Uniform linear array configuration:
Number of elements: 12
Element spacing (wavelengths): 0.75
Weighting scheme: blackman
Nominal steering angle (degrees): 30
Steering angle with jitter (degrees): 30.568
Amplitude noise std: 0.05
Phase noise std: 0.05

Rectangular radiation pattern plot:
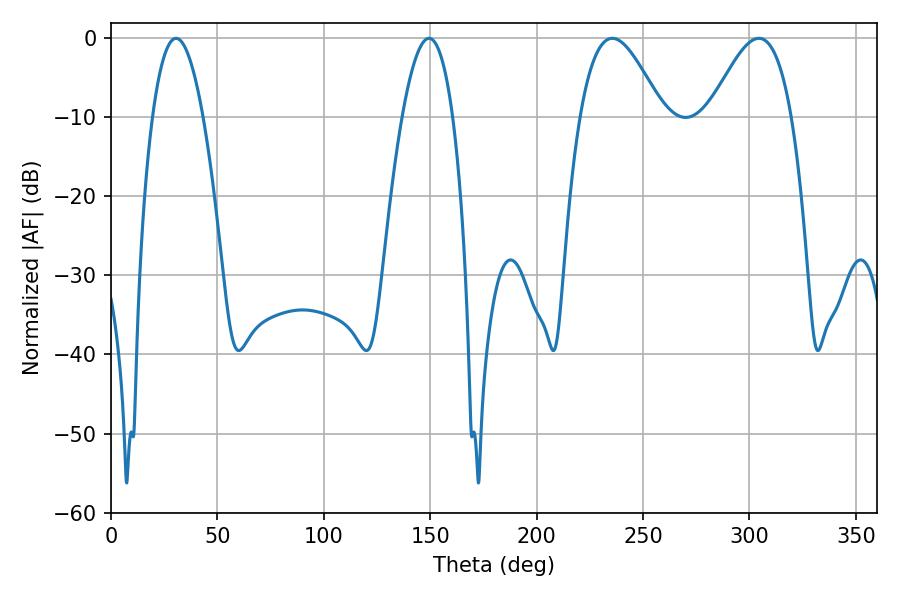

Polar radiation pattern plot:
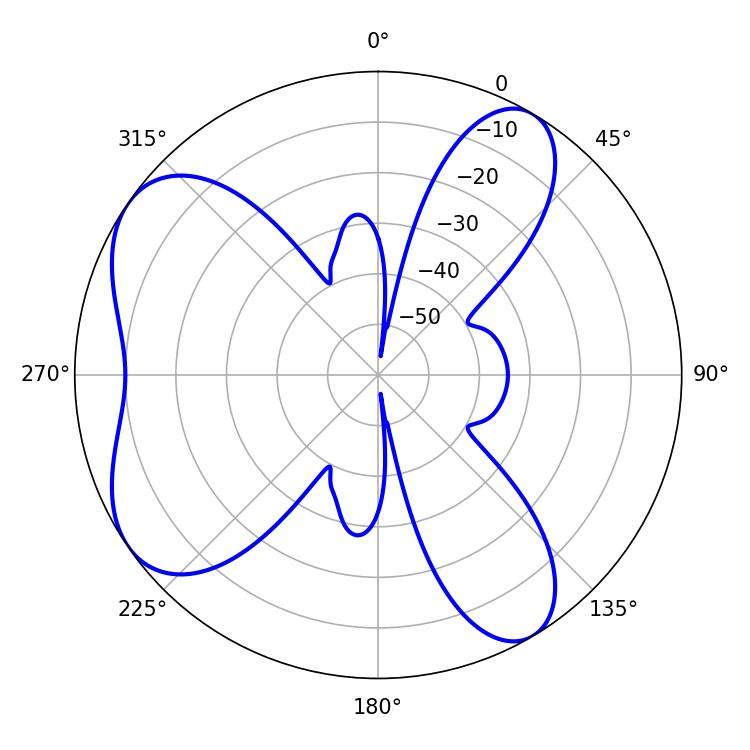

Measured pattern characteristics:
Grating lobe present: TRUE
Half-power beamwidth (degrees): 20.7
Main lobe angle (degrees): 235.62